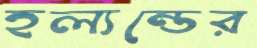
হল্যন্ডের